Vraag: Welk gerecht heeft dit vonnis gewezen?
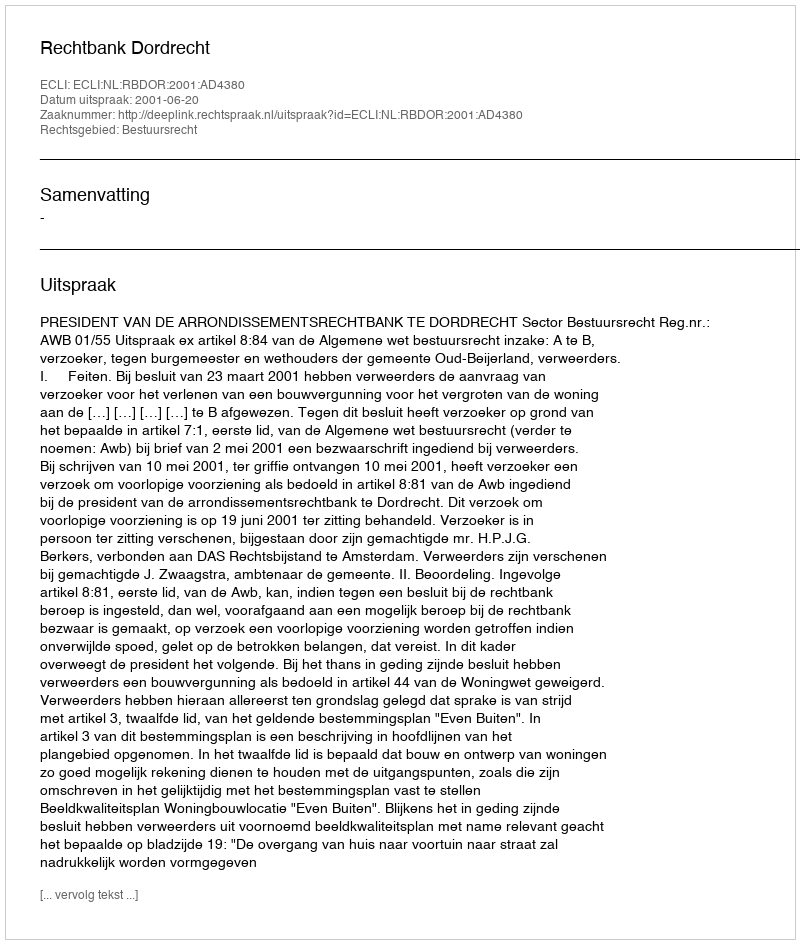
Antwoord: Rechtbank Dordrecht